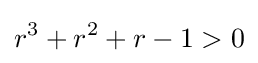
r^{3}+r^{2}+r-1>0